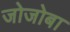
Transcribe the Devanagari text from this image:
जोजोबा